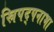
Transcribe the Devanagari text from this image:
स्रिपद्पनाभा